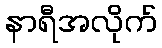
နာရီအလိုက်